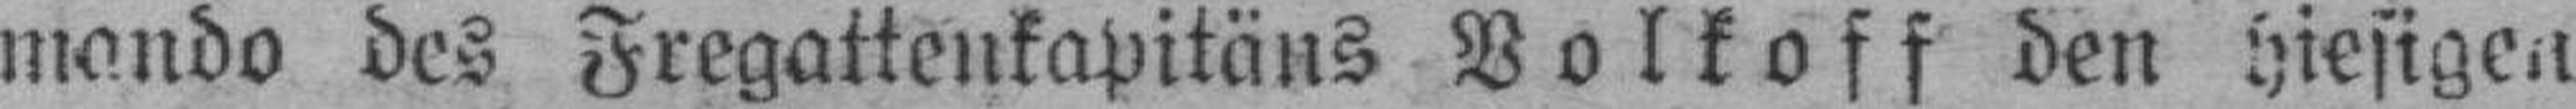
mando des Fregattenkapitäns Volkoff den hiesigen